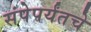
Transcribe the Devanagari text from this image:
संपेपर्यंतचे